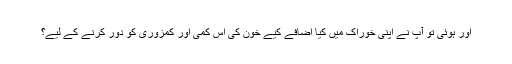
اور ہوئی تو آپ نے اپنی خوراک میں کیا اضافے کیے خون کی اِس کمی اور کمزوری کو دور کرنے کے لیے؟